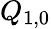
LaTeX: Q_{1,0}